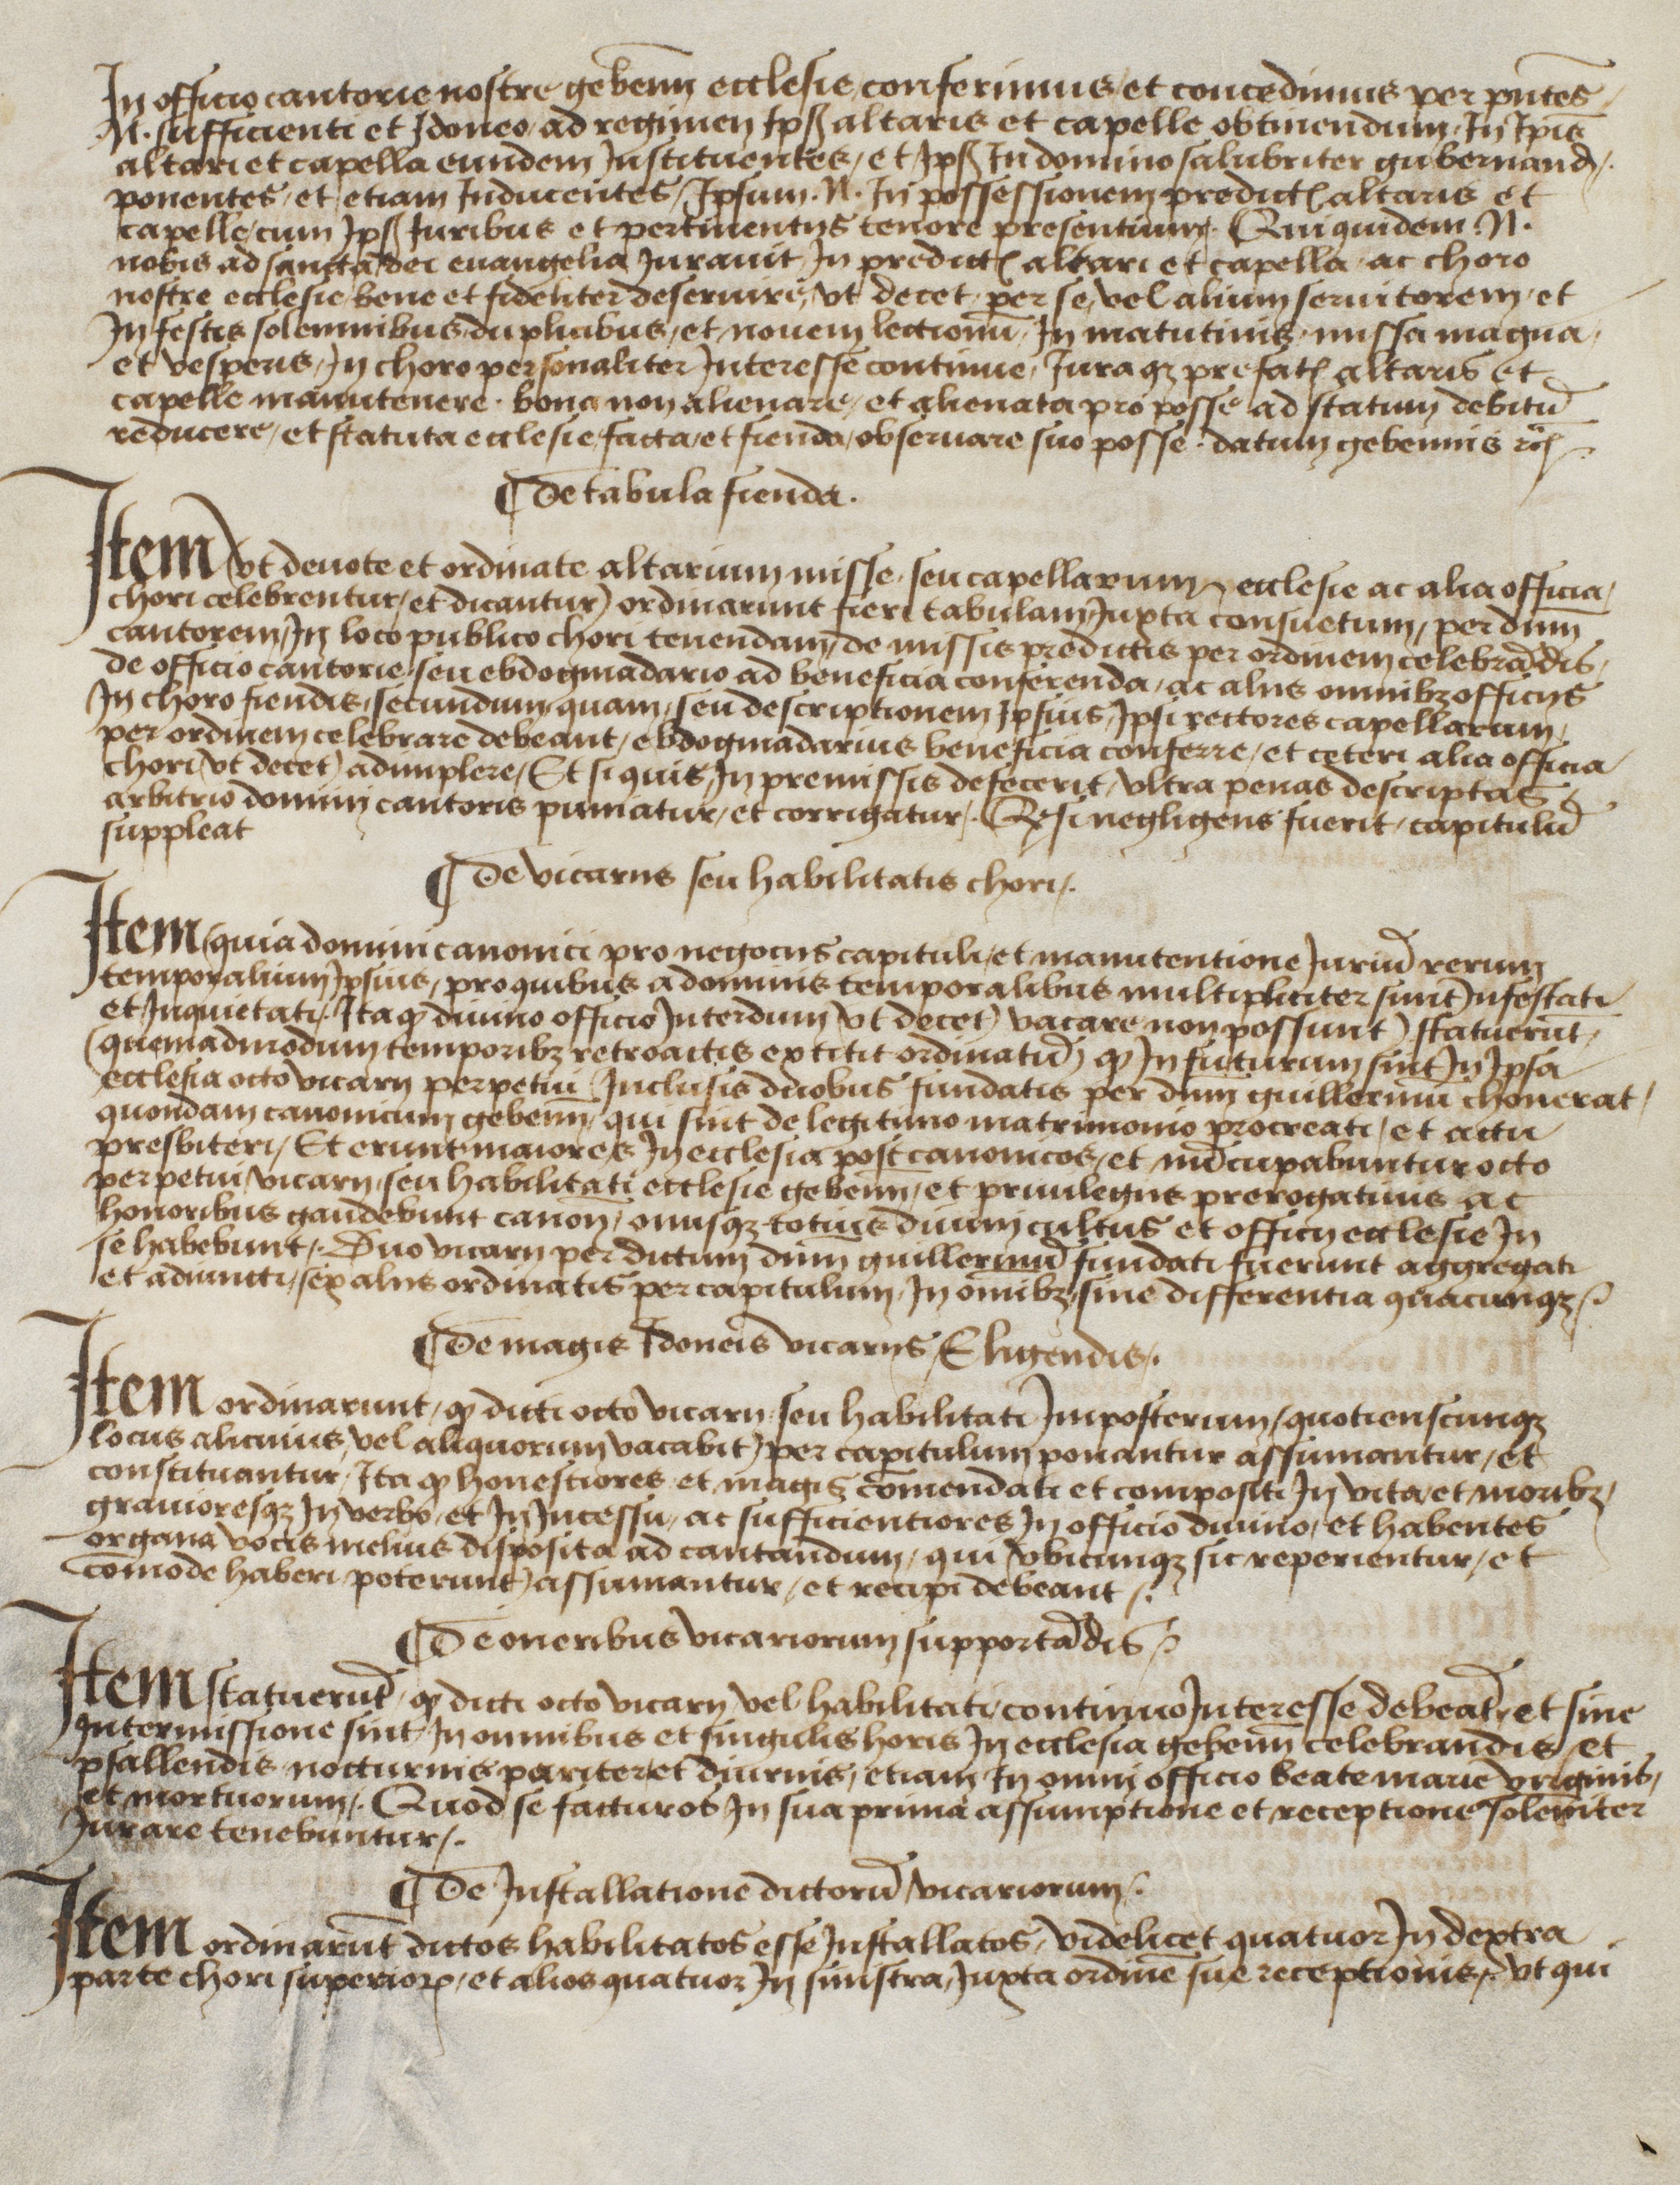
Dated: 1483–1490